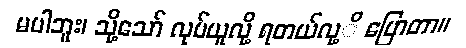
မပါဘူး၊ သို့သော် လုပ်ယူလို့ ရတယ်လု့ိ ပြောတာ။